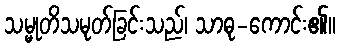
သမ္မုတိသမုတ်ခြင်းသည်၊ သာဓု-ကောင်း၏။